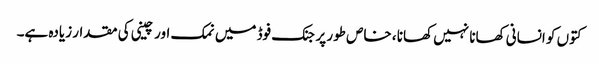
کتوں کو انسانی کھانا نہیں کھانا ، خاص طور پر جنک فوڈ میں نمک اور چینی کی مقدار زیادہ ہے۔